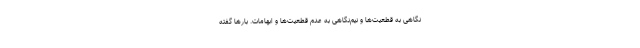
نگاهی به قطعیت‌ها و نیم‌نگاهی به عدم قطعیت‌ها و ابهامات. بارها گفته